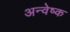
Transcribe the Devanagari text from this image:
अन्वेष्क